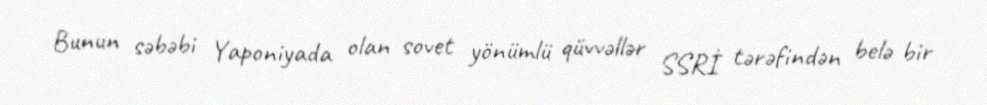
Bunun səbəbi Yaponiyada olan sovet yönümlü qüvvəllər SSRİ tərəfindən belə bir